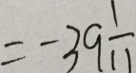
= - 3 9 \frac { 1 } { 1 1 }